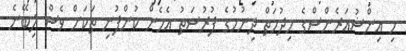
މި އިންޝުއަރެންސްގެ ހިދުމަތް ދިނުމުގެ ފުރުސަތު އެހެން ކުންފުނި ތަކަށް ވެސް ލިބޭނެ